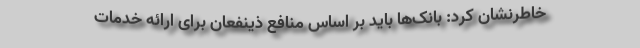
خاطرنشان کرد: بانک‌ها باید بر اساس منافع ذینفعان برای ارائه خدمات